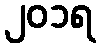
၂၀၁ရ